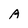
Character: A